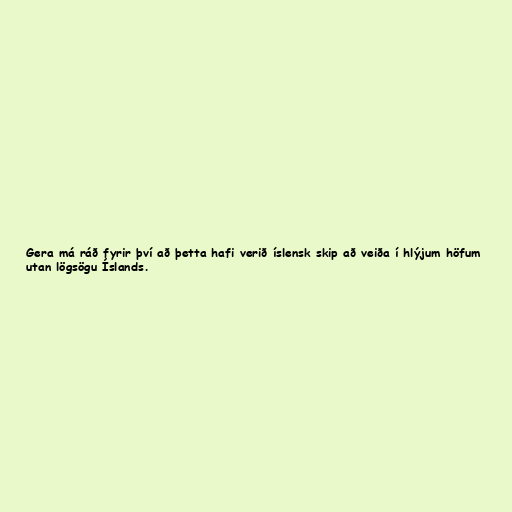
Gera má ráð fyrir því að þetta hafi verið íslensk skip að veiða í hlýjum höfum
utan lögsögu Íslands.